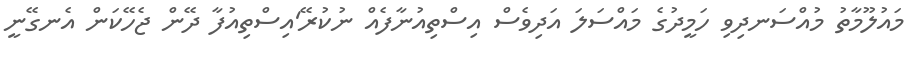
މައުލޫމާތު މުއްސަނދިވި ހަމީދުގެ މައްސަލަ އަދިވެސް އިސްތިއުނާފެއް ނުކުރޭ'އިސްތިއުފާ ދޭން ޖެހޭކަން އެނގޭނީ